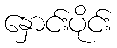
နှောင်းပိုင်း